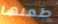
طعنها